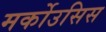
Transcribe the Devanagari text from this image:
मर्कोउसिस